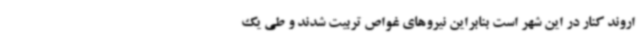
اروند کنار در این شهر است بنابراین نیروهای غواص تربیت شدند و طی یک